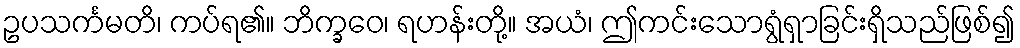
ဥပသင်္ကမတိ၊ ကပ်ရ၏။ ဘိက္ခဝေ၊ ရဟန်းတို့။ အယံ၊ ဤကင်းသောရွံရှာခြင်းရှိသည်ဖြစ်၍